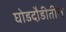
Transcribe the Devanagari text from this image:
घोडदौडीतील